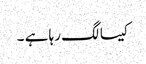
کیسا لگ رہا ہے ۔